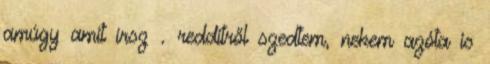
amúgy amit írsz . redditről szedtem, nekem azóta is